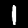
Label: 1